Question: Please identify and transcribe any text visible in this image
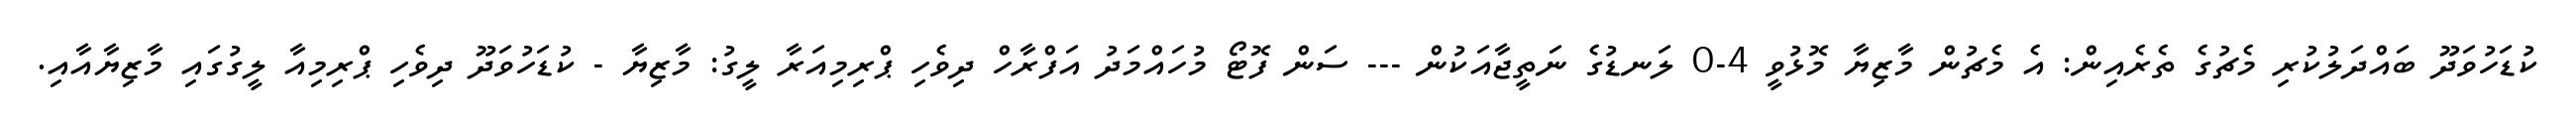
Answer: ކުޑަހުވަދޫ ބައްދަލުކުރި މެޗުގެ ތެރެއިން: އެ މެޗުން މާޒިޔާ މޮޅުވީ 4-0 ލަނޑުގެ ނަތީޖާއަކުން --- ސަން ފޮޓޯ މުހައްމަދު އަފްރާހް ދިވެހި ޕްރިމިއަރާ ލީގު: މާޒިޔާ - ކުޑަހުވަދޫ ދިވެހި ޕްރިމިއާ ލީގުގައި މާޒިޔާއާއި.